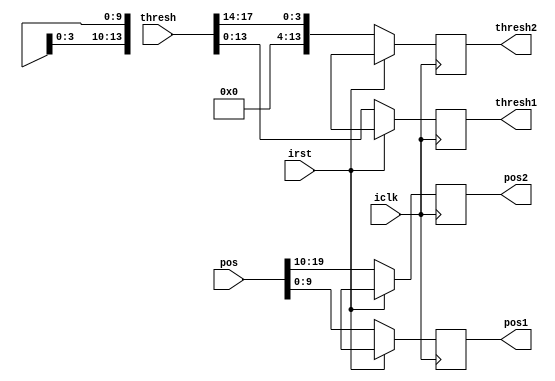
`timescale 1ns / 1ps
//////////////////////////////////////////////////////////////////////////////////
// Company: 
// Engineer: 
// 
// Design Name: 
// Module Name: div_bit
// Project Name: 
// Target Devices: 
// Tool Versions: 
// Description: 
// 
// Dependencies: 
// 
// Revision:
// Revision 0.01 - File Created
// Additional Comments:
// 
//////////////////////////////////////////////////////////////////////////////////


module div_bit(
    input wire iclk,
    input wire irst,
    input wire [19:0] pos,
    input wire [27:0] thresh,
    output reg [9:0] pos1,
    output reg [9:0] pos2,
    output reg [13:0] thresh1,
    output reg [13:0] thresh2
    );
        
    reg [9:0] ipos1;
    reg [9:0] ipos2;
    
    reg [13:0] ithresh1;
    reg [3:0] ithresh2;
  
   always @*
   begin  
     ipos1<=pos[9:0];
     ipos2<=pos[19:10];
    
     ithresh1<=thresh[13:0];
     ithresh2<=thresh[27:14];
   end
   
    always@ (posedge iclk)
    begin
        if(irst)
        begin
            pos1<=10'bX;
            pos2<=10'bX;
            thresh1<=14'bX;
            thresh2<=14'bX;
        end
        else
        begin
            pos1<=ipos1;
            pos2<=ipos2;
            thresh1<=ithresh1;
            thresh2<=ithresh2;
        end
    end 
    
    
    
endmodule